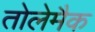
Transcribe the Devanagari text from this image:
तोलेमैक